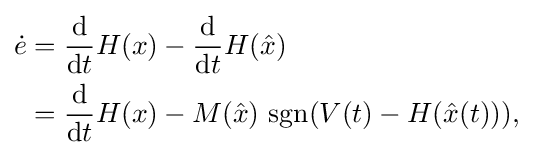
{\begin{aligned}{\dot {e}}&={\frac {\mathrm {d} }{\mathrm {d} t}}H(x)-{\frac {\mathrm {d} }{\mathrm {d} t}}H({\hat {x}})\\&={\frac {\mathrm {d} }{\mathrm {d} t}}H(x)-M({\hat {x}})\,\operatorname {sgn}(V(t)-H({\hat {x}}(t))),\end{aligned}}